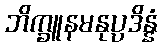
ဘိက္ခူနမနုပ္ပဒိန္နံ